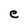
Character: e